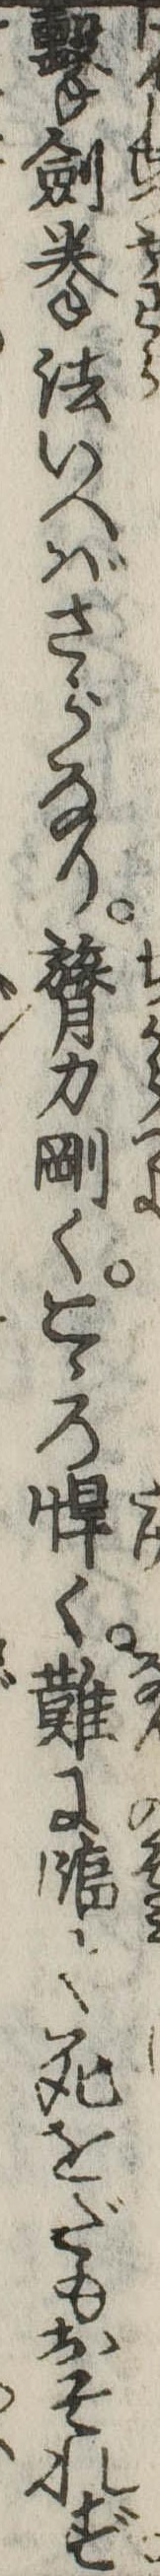
撃剣拳法いへばさらなり膂力剛くこゝろ悍く難に臨て死をだもおそれず